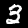
Label: 3